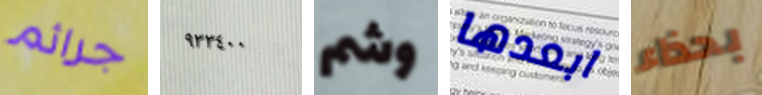
جرائم ٩٣٣٤٠٠ وشم ابعدها بحذاء